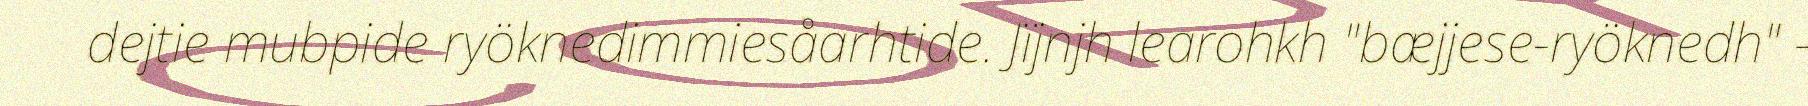
dejtie mubpide ryöknedimmiesåarhtide. Jïjnjh learohkh "bæjjese-ryöknedh" -